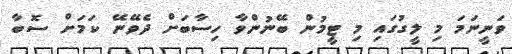
ވަނީނަމަ މި ލީގުގައި މި ޓީމުން ބޭނުންވާ ހިސާބަށް ދެވޭނޭ ކަމަށް ސޮބާ